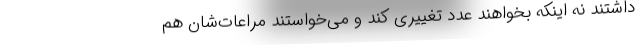
داشتند نه اینکه بخواهند عدد تغییری کند و می‌خواستند مراعات‌شان هم